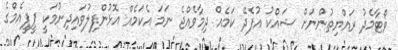
ވޯޓާމެދު ރައްޔިތުންނަށް ޝައްކު އުފެދޭ ކަމެއް ދިމާވެއްޖެ ނަމަ އެކަމެއް އޮޅުންފިލުވައިދިނުމަކީ ޕީޕީއެމްގެ